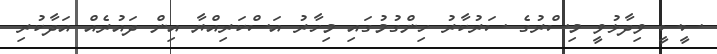
ސީސީ ވިދާޅުވީ މިސްރުގެ ސަރުކާރު ހިންގުމުގައި މިހާރު އަސްކަރިއްޔާ އިން ދައުރެއް އަދާކުރި